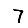
Digit: 7